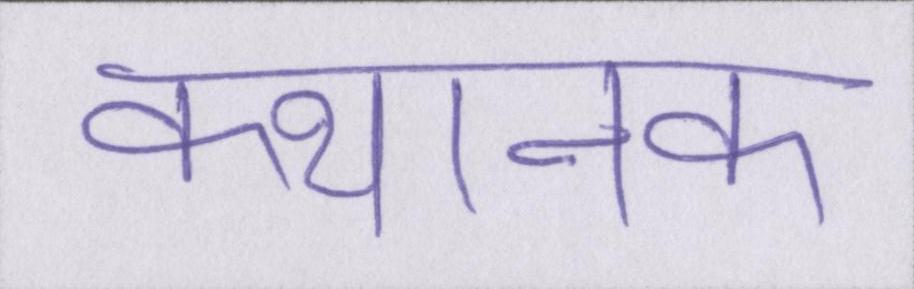
कथानक